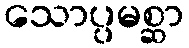
သောပ္ပမစ္ဆာ